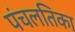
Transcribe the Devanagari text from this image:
पंचलतिका